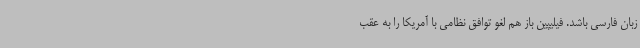
زبان فارسی باشد. فیلیپین باز هم لغو توافق نظامی با آمریکا را به عقب